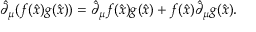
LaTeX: \hat { \partial } _ { \mu } ( f ( \hat { x } ) g ( \hat { x } ) ) = \hat { \partial } _ { \mu } f ( \hat { x } ) g ( \hat { x } ) + f ( \hat { x } ) \hat { \partial } _ { \mu } g ( \hat { x } ) .